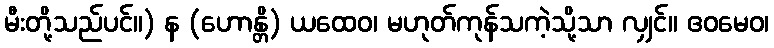
မီးတို့သည်ပင်။) န (ဟောန္တိ) ယထေဝ၊ မဟုတ်ကုန်သကဲ့သို့သာ လျှင်။ ဧဝမေဝ၊